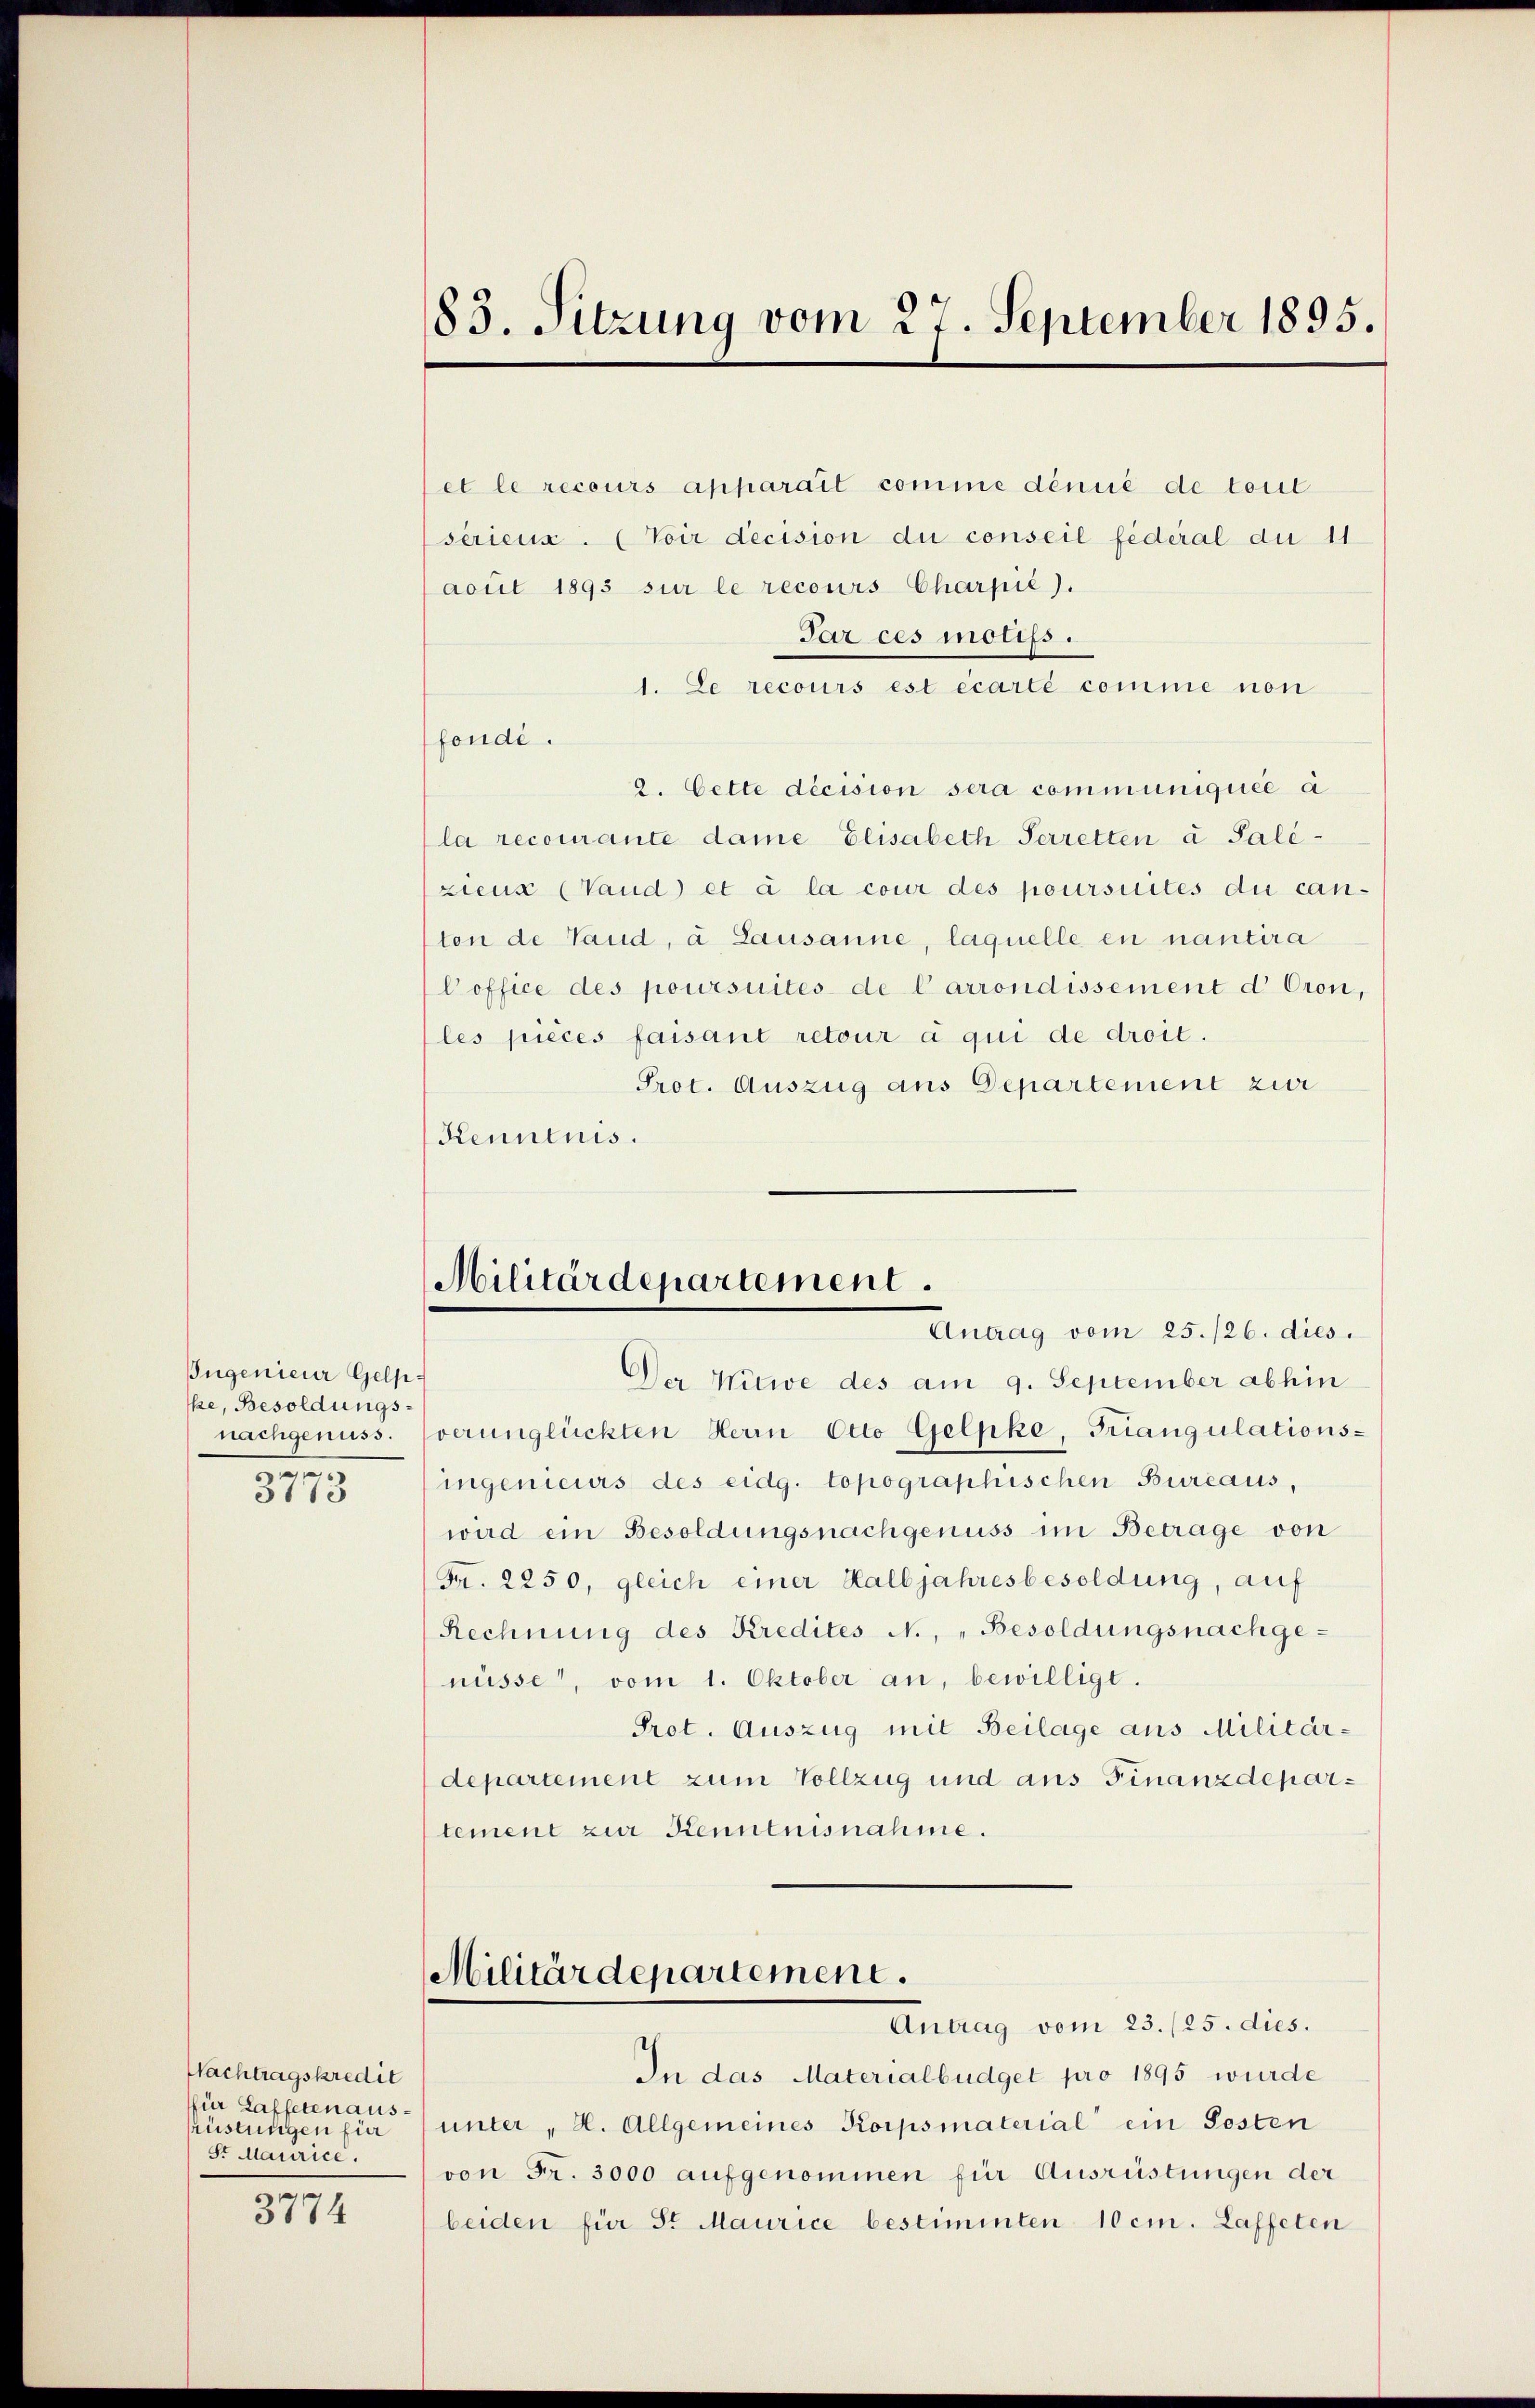
Jugenieur Gelpke, Besoldungsnachgenuss.
29
31

Nachtragskredit
für Laffeten ausrüstungen für
Sr Maurice.

3774

83. Sitzung vom 27. September 1895.

Antrag vom 25./26. dies
Der Witwe des am 9. September abhin
verunglückten Herrn Otto Gelpke, Friangulations-
ingenieurs des eidg. topographischen Bureaus
wird ein Besoldungsnachgenuss im Betrage von
Fr. 2250, gleich einer Kalbjahresbesoldung, auf
Rechnung des Kredites N., „Besoldungsnachge-
nüsse, vom 1. Oktober an, bewilligt.
Prot. Auszug mit Beilage aus Militär-
departement zum Vollzug und aus Finanzdepartement zur Kenntnisnahme.
Militärdepartement.
Antrag vom 23. (25. dies.
In das Materialbüdget pro 1895 wurde
unter " H. Allgemeines Korpsmaterial ein Posten
von Fr. 3000 aufgenommen für Ausrüstungen der
beiden für Sr Maurice bestimmten 10 cm. Laffeten

et le recours apparait comme dénié de tout
seriens. (Voir decision du conseil fédéral du 11
acuit 1893 sur le recours Charpie).
Par ces motifs.
1. Le recours est écarte comme non
fondi.
2. Cette décision sera communiquée à
la recourante dame Elisabeth Perretten à Palé-
ziens (Vaud et à la cour des poursuites du canton de Vaud, a. Lausanne, laquelle en nantira
Coffice des poursuites de Carrondissement d Oron,
les pièces faisant retour a qui de droit.
Prot. Auszug aus Departement zur
Kenntnis.

Militärdepartement.